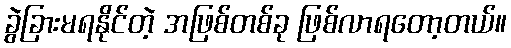
ခွဲခြားမရနိုင်တဲ့ အဖြစ်တစ်ခု ဖြစ်လာရတော့တယ်။